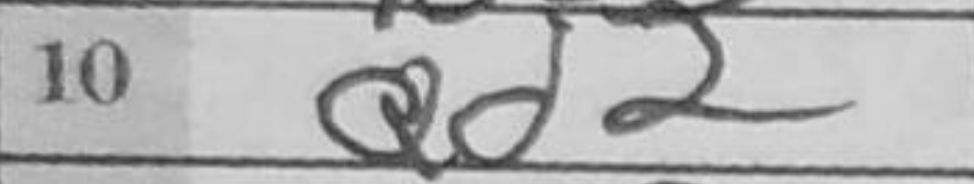
Transcription: Qd2